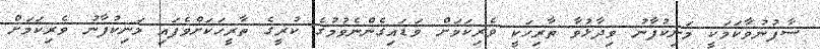
ސާފުނުވާކަމަކީ މަނިކުފާނު ވިދާޅުވާ ތާރިހަކީ ވެރިކަމަށް ވަޑައިގެންނެވުމުގެ ކުރީގެ ތާރީހަކަށްވެފައި މަނިކުފާނު ވެރިކަމަށް